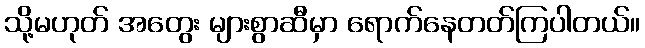
သို့မဟုတ် အတွေး များစွာဆီမှာ ရောက်နေတတ်ကြပါတယ်။